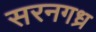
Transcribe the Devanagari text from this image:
सरनगध्र